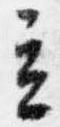
立